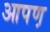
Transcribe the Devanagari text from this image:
आपण़